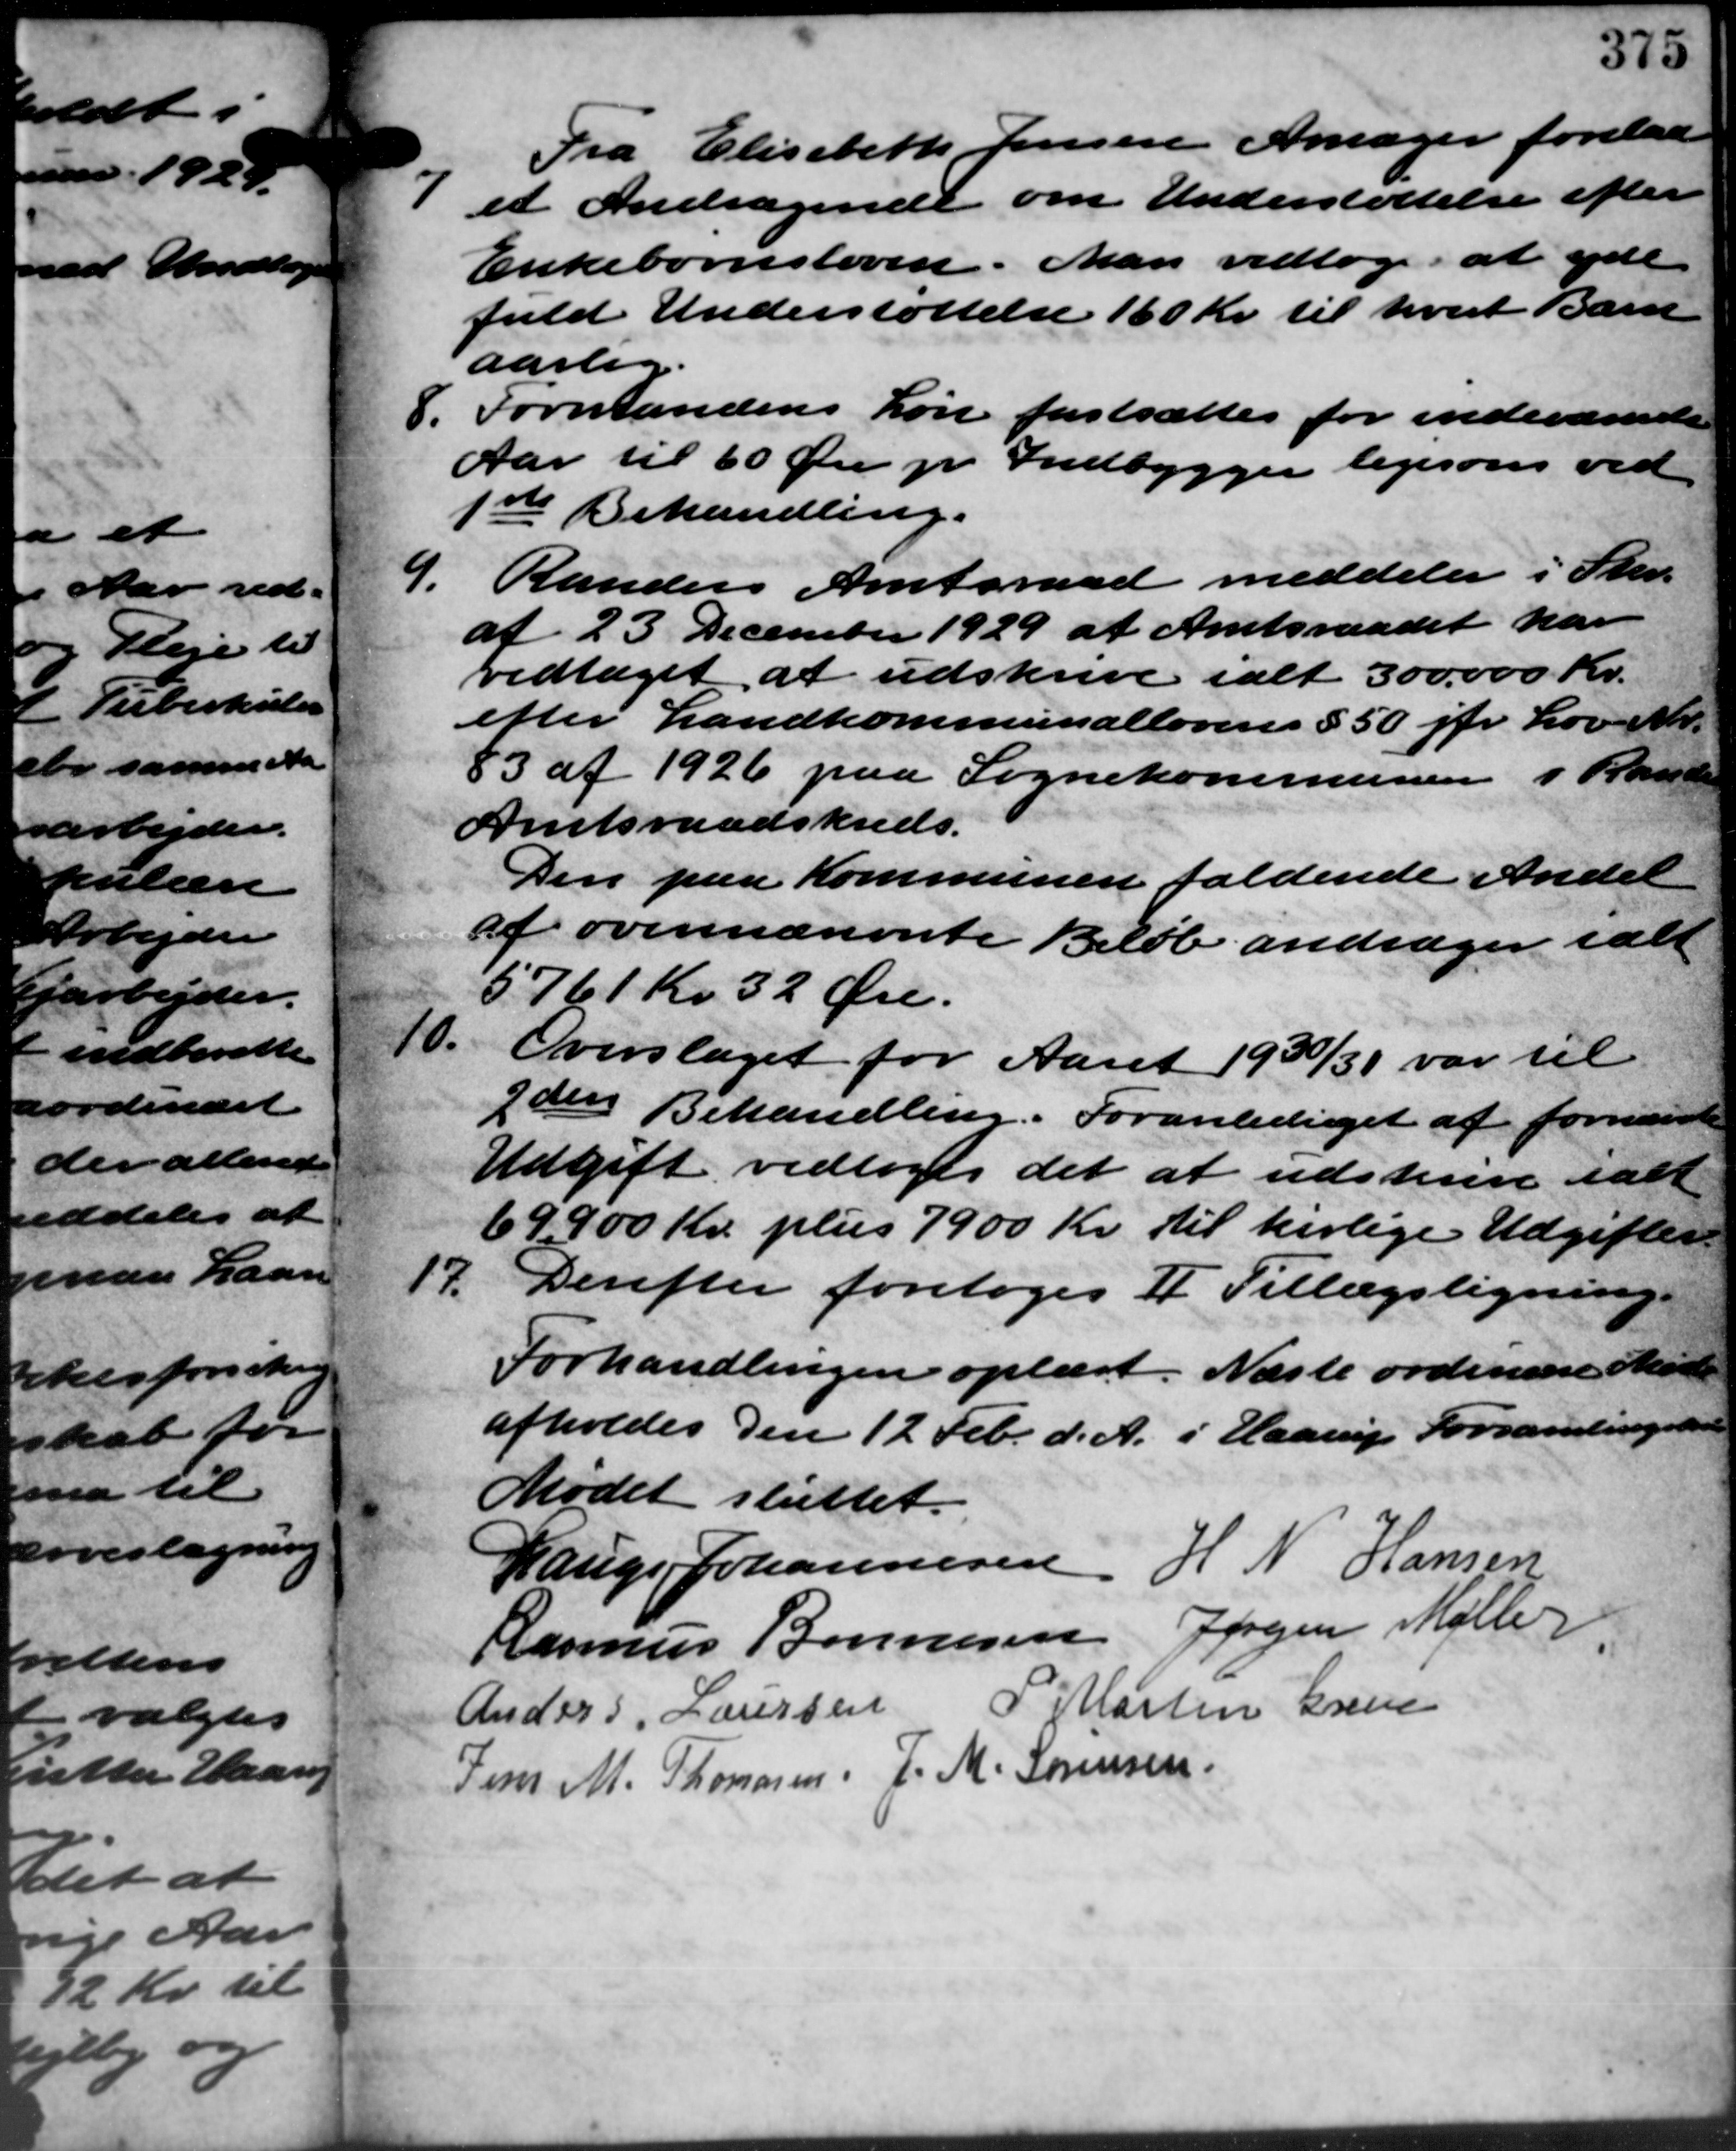
Transskription:
Fra Elisebeth Jensen Amager forelaa
I et Andragende om Understøttelse efter
I et Andragende om Understøttelse efter
Enkebørnsloven. Man vedtoges at yde
fuld Understøttelse 160 Kr. til hvert Barn
aarlig.
8. Formandens Løn fastsættes for indeværende
8. Formandens Løn fastsættes for indeværende
Aar til 60 Øre pr. Indbygger ligesom ved
1ste Behandling.
9.
Randers Amtsraad meddeler i Skr.
af 23 December 1929 af Amtsraadet har
vedtaget at udskrive ialt 300.000 Kr.
efter Landkommunallovens § 50 jfr Lov Nr.
83 af 1926 paa Sognekommunen i Rander
Amtsraadskreds.
Den paa Kommunen faldende Andel
af ovennævnte Beløb andrager i alt
5761 Kr. 32 Øre.
10.
Overslaget for Aaret 1930/31 var til
2den Behandling. Foranlediget at fornævnte
Udgift vedtoges det at udskrive ialt
69900 Kr. plus 7900 Kr. til herlige Udgifter
17.
Derefter foretoges I Tillægsligning
Forhandlingen oplæst. Næste ordinære Marte
afholdes den 12 Feb. d. A. i Haarup Forsamlingshuse
Mødet sluttet.
Lauge Johannesen H. N. Hansen
Rasmus Bonnesen Jørgen Møller
Anders Laursen P. Martin Greve
Jens M. Thomasen J. M. Sørensen